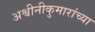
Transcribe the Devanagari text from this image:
अश्वीनीकुमारांच्या